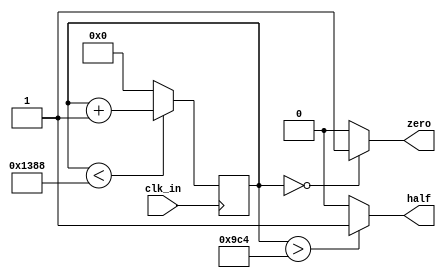
module counter(
    clk_in,
    zero,
	 half
    );
	 
input clk_in;
output zero;
output half;


parameter cnt_length = 16;
parameter cnt_period = 5000;

reg [cnt_length-1:0] counter;


assign zero = (counter == 'd0) ? 1 : 0;
assign half = (counter > (cnt_period/2)) ? 1 : 0;

always @ (posedge clk_in)
begin
	if (counter < cnt_period)
		counter <= counter + 'd1;// increment counter
	else
		counter <= 'd0;
end


endmodule